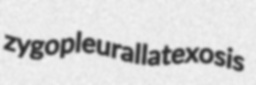
zygopleural latexosis